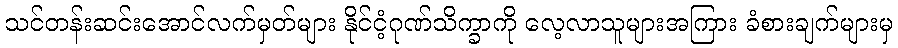
သင်တန်းဆင်းအောင်လက်မှတ်များ နိုင်ငံ့ဂုဏ်သိက္ခာကို လေ့လာသူများအကြား ခံစားချက်များမှ